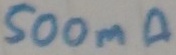
Text: 500mA